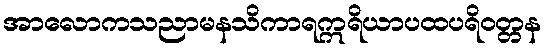
အာလောကသညာမနသိကာရဣရိယာပထပရိဝတ္တန